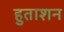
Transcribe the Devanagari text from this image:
हुताशन